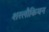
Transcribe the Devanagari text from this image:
शरलौकियन